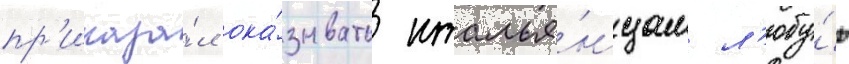
пр'иказа́л ока́зывать италья́нцам л'юбу́ю